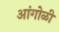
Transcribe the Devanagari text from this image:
आंगोळी